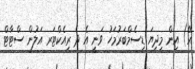
އޭ) އިން މިދިޔަ ޑިސެމްބަރުމަހު ވަނީ އެ ދެ ރިއެކްޓަރ އަލުން ސްޓާޓް